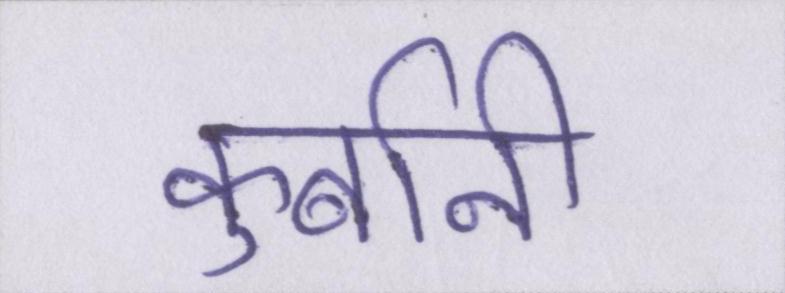
कुर्बानी